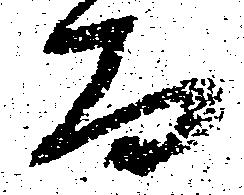
而